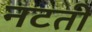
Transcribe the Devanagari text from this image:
नटती